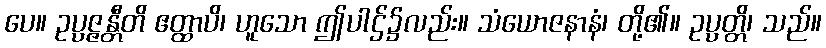
ပေ။ ဥပ္ပဇ္ဇန္တီတိ ဧတ္ထာပိ၊ ဟူသော ဤပါဌ်၌လည်း။ သံယောဇနာနံ၊ တို့၏။ ဥပ္ပတ္တိ၊ သည်။